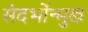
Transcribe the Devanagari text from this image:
संदर्भोन्मुख